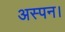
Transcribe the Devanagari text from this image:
अस्पन।